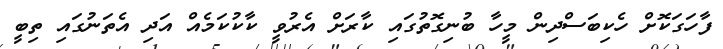
ފާހަގަކޮށް ހެކިބަސްދިން މީހާ ބުނިގޮތުގައި ކާރަށް އެރުވީ ކާކުކަމެއް އަދި އެތަނުގައި ތިބީ